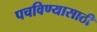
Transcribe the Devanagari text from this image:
पचविण्यासाठी